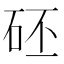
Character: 𥑜